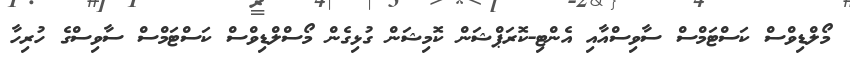
މޯލްޑިވްސް ކަސްޓަމްސް ސާވިސްއާއި އެންޓި-ކޮރަޕްޝަން ކޮމިޝަން ގުޅިގެން މޯސްލްޑިވްސް ކަސްޓަމްސް ސާވިސްގެ ހުރިހާ